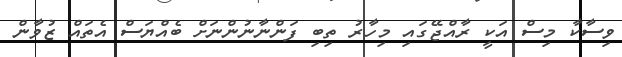
ވިސާކާ މިސް އަކީ ރާއްޖޭގައި މިހާރު ތިބި ފަންނާނުންނަށް ބެއްޔަސް އެތައް ޒުވާން